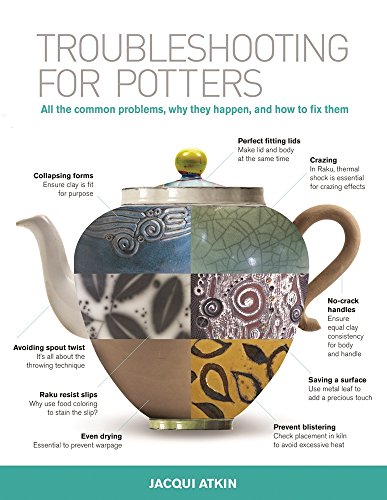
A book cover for Troubleshooting for Potters: All the Common Problems, Why They Happen, and How to Fix Them; Jacqui Atkin; Crafts, Hobbies & Home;